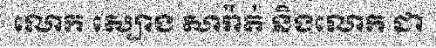
លោក ស្បោង សារ៉ាត់ និងលោក ជា